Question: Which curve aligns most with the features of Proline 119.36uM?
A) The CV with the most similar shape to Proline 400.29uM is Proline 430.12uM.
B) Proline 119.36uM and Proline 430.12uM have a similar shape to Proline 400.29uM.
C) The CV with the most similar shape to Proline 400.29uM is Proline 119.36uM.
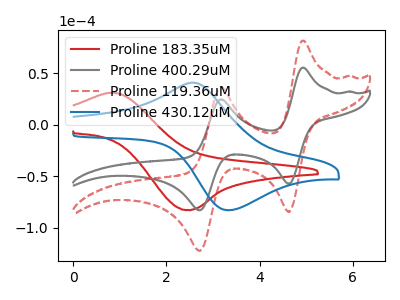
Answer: <think>The red curve "Proline 183.35uM" has an anodic peak at (0.85V, 30.90uA) and a cathodic peak at (2.45V, -82.70uA). The gray curve "Proline 400.29uM" has anodic peaks at (4.90V, 55.30uA) (3.20V, 24.65uA) and cathodic peaks at (4.65V, -57.40uA) (2.70V, -83.00uA). The red dashed curve "Proline 119.36uM" has anodic peaks at (4.90V, 81.50uA) (3.20V, 36.30uA) and cathodic peaks at (4.65V, -84.60uA) (2.70V, -122.30uA). The blue curve "Proline 430.12uM" has an anodic peak at (2.55V, 40.80uA) and a cathodic peak at (3.35V, -83.00uA).
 "Proline 183.35uM" and "Proline 400.29uM" have a different number of peaks. "Proline 183.35uM" and "Proline 119.36uM" have a different number of peaks. "Proline 183.35uM" and "Proline 430.12uM" have at least one peak that do not match. All the peaks in "Proline 400.29uM" have a peak in "Proline 119.36uM" at the same potential. Every peak in "Proline 400.29uM" is lower than every peak in "Proline 119.36uM". "Proline 400.29uM" and "Proline 430.12uM" have a different number of peaks. "Proline 119.36uM" and "Proline 430.12uM" have a different number of peaks.</think>
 <answer>C) The CV with the most similar shape to "Proline 400.29uM" is "Proline 119.36uM".</answer>
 <eval>C</eval>